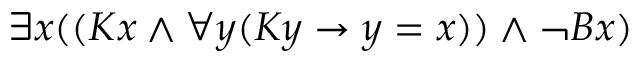
\exists x ( ( K x \land \forall y ( K y \rightarrow y = x ) ) \land \lnot B x )